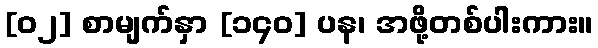
[၀၂] စာမျက်နှာ [၁၄၀] ပန၊ အဖို့တစ်ပါးကား။